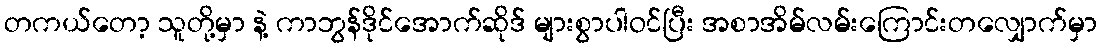
တကယ်တော့ သူတို့မှာ နဲ့ ကာဘွန်ဒိုင်အောက်ဆိုဒ် များစွာပါဝင်ပြီး အစာအိမ်လမ်းကြောင်းတလျှောက်မှာ